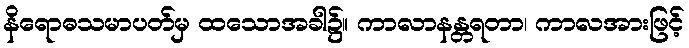
နိရောဓသမာပတ်မှ ထသောအခါ၌။ ကာလာနန္တရတာ၊ ကာလအားဖြင့်